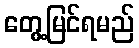
တွေ့မြင်ရမည်